Report on sanitation, dispensaries, and jails in Rajputana for 1909, and on vaccination for the year 1909-1910 - 1909-1910
Year: 1909
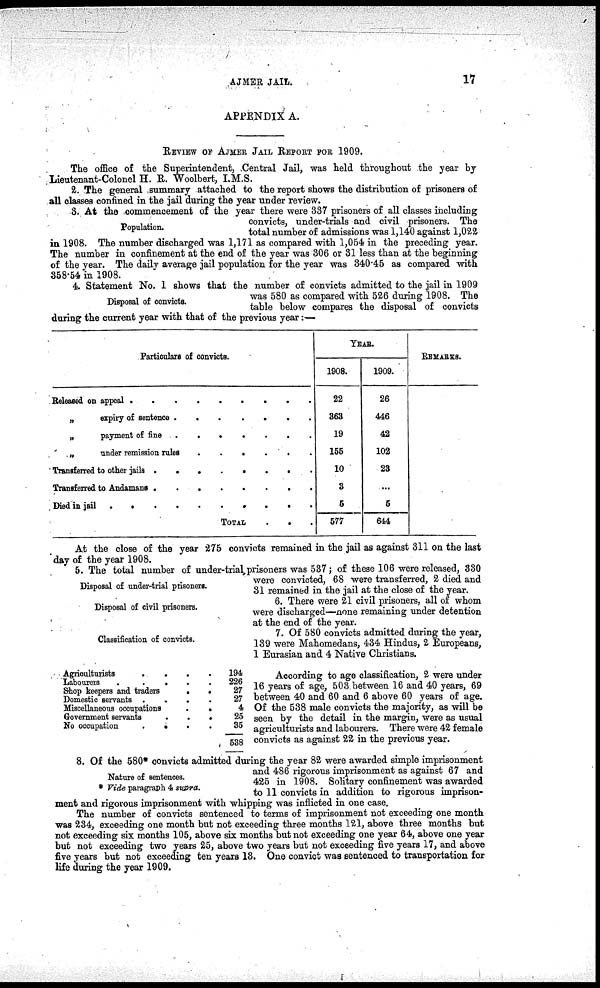
AJMER JAIL.
17
APPENDIX A.
REVIEW OF AJMER JAIL REPORT FOR 1909.
The office of the Superintendent, Central Jail, was held throughout the year by
Lieutenant-Colonel H. R. Woolbert, I.M.S.
2. The general summary attached to the report shows the distribution of prisoners of
all classes confined in the jail during the year under review.
Population.
3. At the commencement of the year there were 337 prisoners of all classes including
convicts, under-trials and civil prisoners. The
total number of admissions was 1,140 against 1,022
in 1908. The number discharged was 1,171 as compared with 1,054 in the preceding year.
The number in confinement at the end of the year was 306 or 31 less than at the beginning
of the year. The daily average jail population for the year was 340.45 as compared with
358.54 in 1908.
Disposal of conviots.
4. Statement No. 1 shows that the number of convicts admitted to the jail in 1909
was 580 as compared with 526 during 1908. The
table below compares the disposal of convicts
during the current year with that of the previous year :—
Particulars of convicts.
Released on appeal . . . . . . . . .
„ Expiry of sentence . . . . . . .
„ Payment of fine . . . . . . .
„ Under remission rules . . . . . .
Transferred to other jails .
.
.
.
.
.
.
.
Transferred to andamans . . . . . . . .
Died in jail . . . . . . . . .
TOTAL
.
.
YEAR.
1908.
22
363
19
155
10
3
5
577
1909.
26
446
42
102
23
...
5
644
REMARKS.
At the close of the year 275 convicts remained in the jail as against 311 on the last
day of the year 1908.
Disposal of under-trial prisoners.
5. The total number of under-trial,prisoners was 537; of these 106 were released, 330
were convicted, 68 were transferred, 2 died and
31 remained in the jail at the close of the year.
Disposal of civil prisoners.
6. There were 21 civil prisoners, all of whom
were discharged—none remaining under detention
at the end of the year.
Classification of convicts.
7. Of 580 convicts admitted during the year,
139 were Mahomedans, 434 Hindus, 2 Europeans,
1 Eurasian and 4 Native Christians.
Agriculturists
.
.
.
.
Labourers
.
.
.
.
Shop keepers and traders
.
.
Domestic servants .
.
.
.
Miscellaneous occupations
.
.
Government servants
.
.
.
No occupation
.
.
. .
194
226
27
27
4
25
35
538
According to age classification, 2 were under
16 years of age, 503 between 16 and 40 years, 69
between 40 and 60 and 6 above 60 years of age.
Of the 538 male convicts the majority, as will be
seen by the detail in the margin, were as usual
agriculturists and labourers. There were 42 female
convicts as against 22 in the previous year.
Nature of sentences.
* Vide paragraph 4 supra.
8. Of the 580* convicts admitted during the year 82 were awarded simple imprisonment
and 486 rigorous imprisonment as against 67 and
425 in 1908. Solitary confinement was awarded
to 11 convicts in addition to rigorous imprison-
ment and rigorous imprisonment with whipping was inflicted in one case.
The number of convicts sentenced to terms of imprisonment not exceeding one month
was 234, exceeding one month but not exceeding three months 121, above three months but
not exceeding six months 105, above six months but not exceeding one year 64, above one year
but not exceeding two years 25, above two years but not exceeding five years 17, and above
five years but not exceeding ten years 13. One convict was sentenced to transportation for
life during the year 1909.